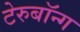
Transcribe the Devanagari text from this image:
टेरुबॉन्ग